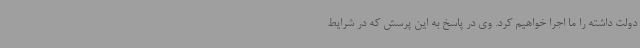
دولت داشته را ما اجرا خواهیم کرد. وی در پاسخ به این پرسش که در شرایط